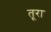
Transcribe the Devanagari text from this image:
तूरा